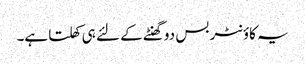
یہ کاؤنٹر بس دو گھنٹے کے لئے ہی کھلتا ہے۔